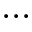
. . .